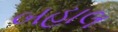
બહાલ